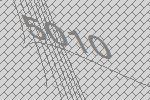
5010